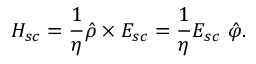
\boldsymbol { H _ { s c } } = \frac { 1 } { \eta } \hat { \rho } \times \boldsymbol { E _ { s c } } = \frac { 1 } { \eta } E _ { s c } \ \hat { \varphi } .